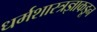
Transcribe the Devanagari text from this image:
धर्मशास्त्रज्ञाकडून